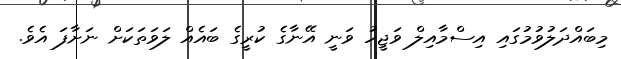
މިބައްދަލުވުމުގައި އިސްމާއިލް ވަޖީހު ވަނީ އޭނާގެ ކުރީގެ ބައެއް ލަވަތަކަށް ނަށާފަ އެވެ.